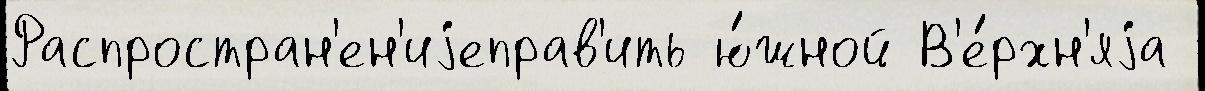
Распростран'ен'иjеправ'ить ю́жной В'е́рхн'яjа